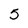
Character: 5